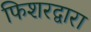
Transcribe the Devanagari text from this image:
फिशरद्वारा